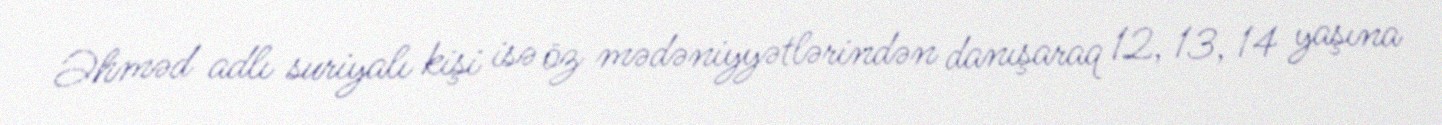
Əhməd adlı suriyalı kişi isə öz mədəniyyətlərindən danışaraq 12, 13, 14 yaşına